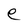
Character: e